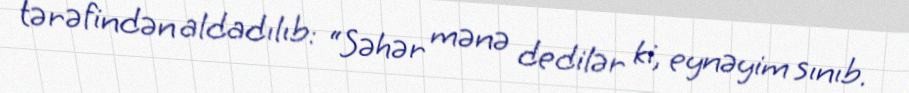
tərəfindən aldadılıb: “Səhər mənə dedilər ki, eynəyim sınıb.